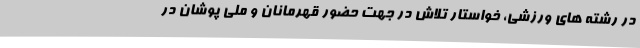
در رشته های ورزشی، خواستار تلاش در جهت حضور قهرمانان و ملی پوشان در